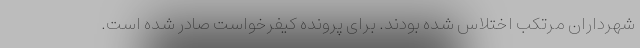
شهرداران مرتکب اختلاس شده بودند. برای پرونده کیفرخواست صادر شده است.